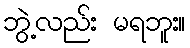
ဘွဲ့လည်း မရဘူး။